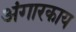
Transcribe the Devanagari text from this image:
अंगारकाय